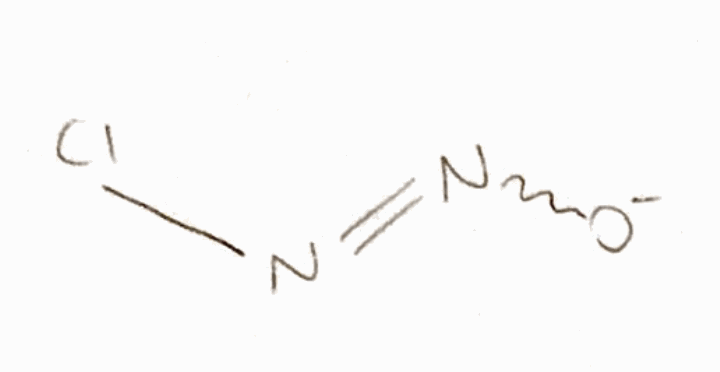
Simplified molecular-input line-entry system (SMILES) notation of the given molecule:
N(=NCl)[O-]